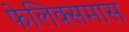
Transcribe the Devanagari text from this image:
फेलिक्समास